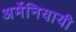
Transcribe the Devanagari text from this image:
अर्मेनियायी